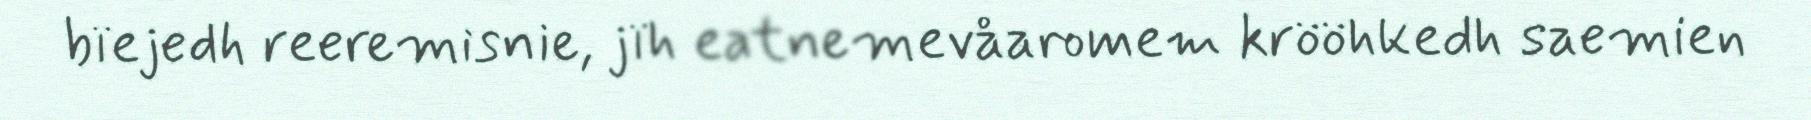
bïejedh reeremisnie, jïh eatnemevåaromem krööhkedh saemien